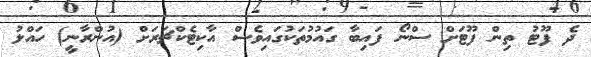
ދެ ފޫޓު ތިން ފޫޓަށް ސްނޯ ފައިބާ ގައުމުތަކުގައިވެސް އާކިޓެކްޗަރަށް (އުންރާނީ) ހައްލު